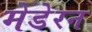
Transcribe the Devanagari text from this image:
मेडेरन